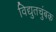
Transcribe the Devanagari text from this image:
विद्युतचुंबक